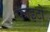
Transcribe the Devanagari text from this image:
फाइटो